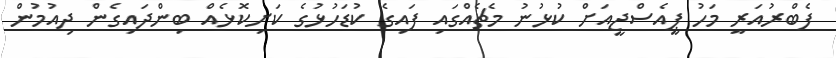
ފެބްރުއަރީ މަހު ޕީއެސްޖީއަށް ކުޅުނު މެޗެއްގައި ފައިގެ ކުޑަހުޅުގެ ކަށިކޮޅެއް ބިންދައިގެން ދިއުމުން